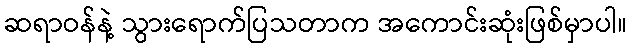
ဆရာဝန်နဲ့ သွားရောက်ပြသတာက အကောင်းဆုံးဖြစ်မှာပါ။